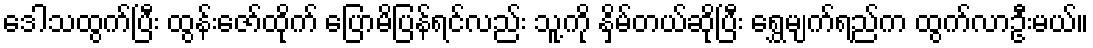
ဒေါသထွက်ပြီး ထွန်းဇော်ထိုက် ပြောမိပြန်ရင်လည်း သူ့ကို နှိမ်တယ်ဆိုပြီး ရွှေမျက်ရည်က ထွက်လာဦးမယ်။